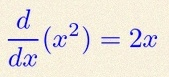
\frac{d}{dx}(x^2)=2x